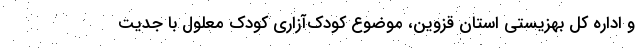
و اداره کل بهزیستی استان قزوین، موضوع کودک‌آزاریِ کودک معلول با جدیت